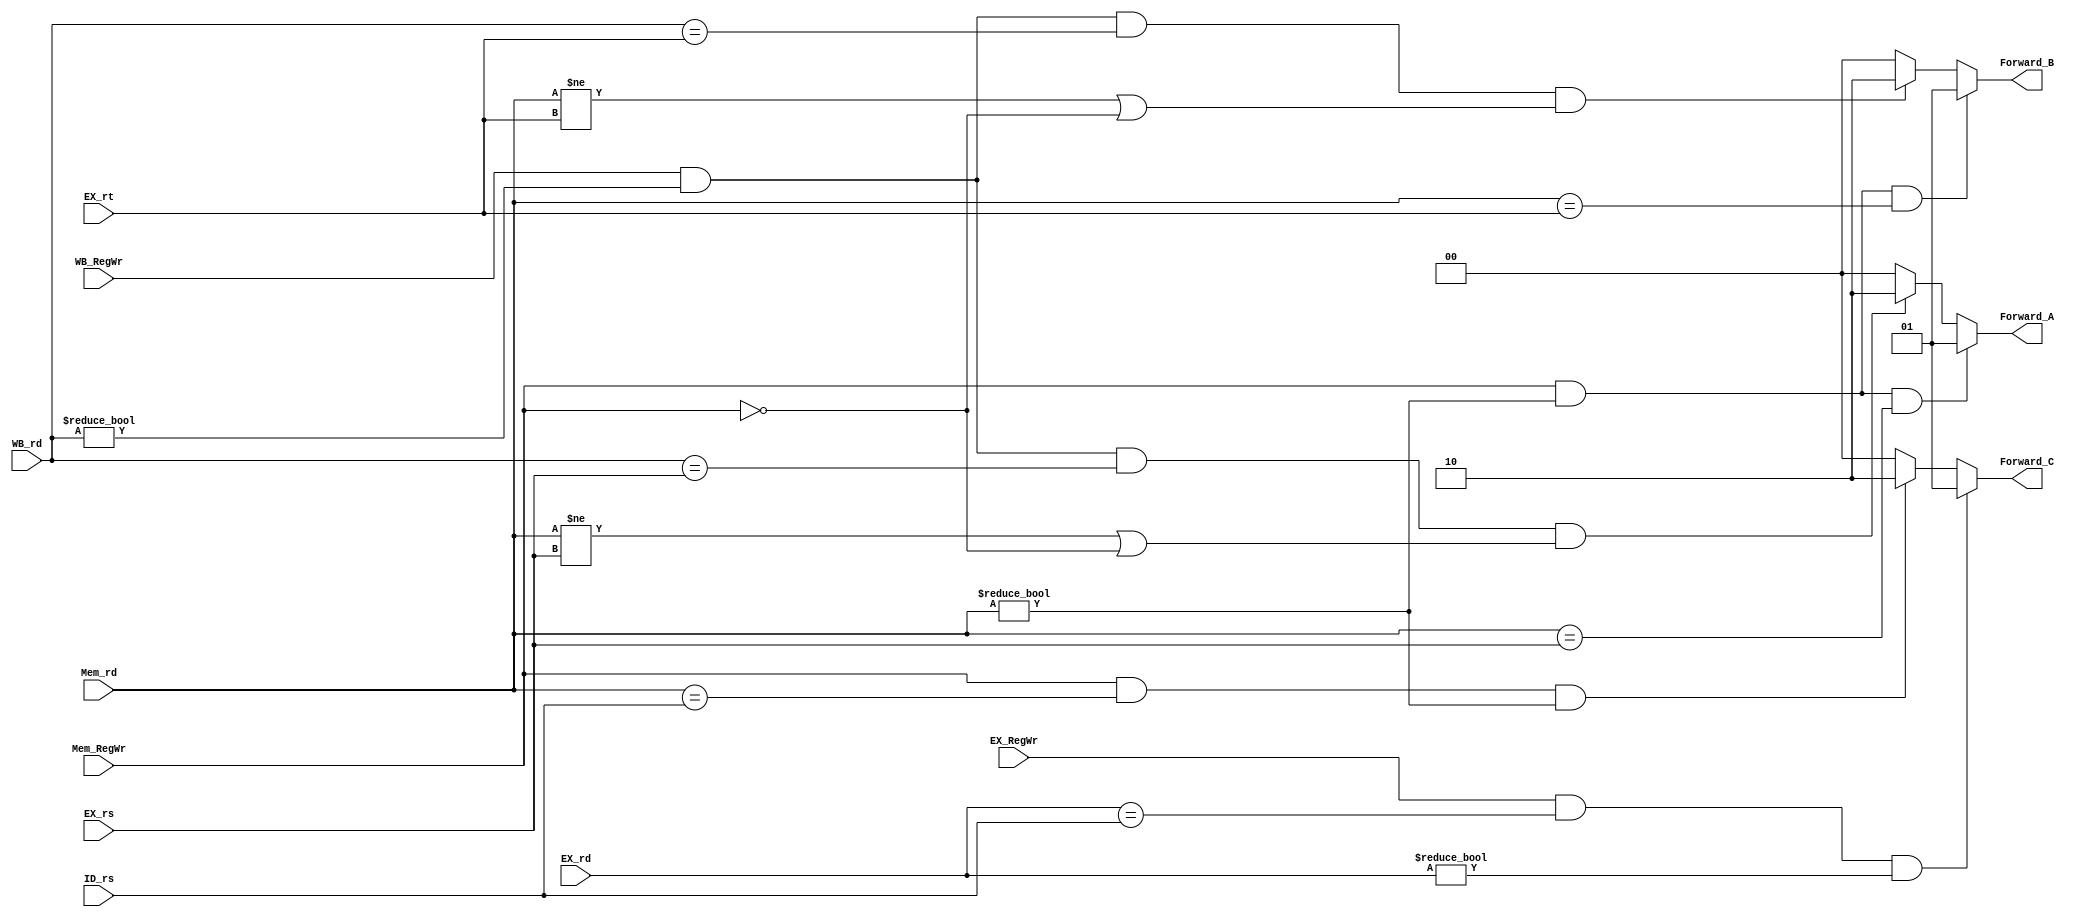
module Forward(Forward_A,Forward_B,Forward_C,Mem_rd,WB_rd,EX_rs,EX_rt,ID_rs,Mem_RegWr,WB_RegWr,EX_RegWr,EX_rd);
  output reg [1:0]Forward_A;
  output reg [1:0]Forward_B;
  output reg [1:0]Forward_C;
  input [4:0]Mem_rd;
  input [4:0]WB_rd;
  input [4:0]EX_rd;
  input [4:0]EX_rs;
  input [4:0]EX_rt;
  input [4:0]ID_rs;
  input Mem_RegWr;
  input WB_RegWr;
  input EX_RegWr;
  always@(*)
    if(Mem_RegWr&&(Mem_rd!=0)&&(Mem_rd==EX_rs))
      Forward_A=2'd1;
    else if(WB_RegWr&&(WB_rd!=0)&&(WB_rd==EX_rs)&&((Mem_rd!=EX_rs)||!Mem_RegWr))
      Forward_A=2'd2;
    else Forward_A=2'd0;
  always@(*)
    if(Mem_RegWr&&(Mem_rd!=0)&&(Mem_rd==EX_rt))
        Forward_B=2'd1;
    else if(WB_RegWr&&(WB_rd!=0)&&(WB_rd==EX_rt)&&((Mem_rd!=EX_rt)||!Mem_RegWr))
        Forward_B=2'd2;
    else Forward_B=2'd0;
  always@(*)
    if(EX_RegWr&&(EX_rd==ID_rs)&&EX_rd!=0)
        Forward_C=2'd1;
    else if(Mem_RegWr&&(Mem_rd==ID_rs)&&Mem_rd!=0)
        Forward_C=2'd2;
    else Forward_C=2'd0;
 endmodule